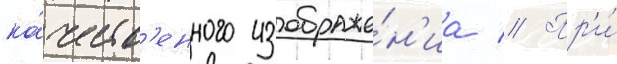
ка́честв'енного изображе́н'иа // Пр'и́